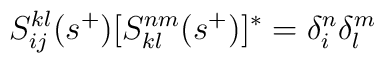
S^{kl}_{ij}(s^{+})[S^{nm}_{kl}(s^{+})]^{*}=\delta_{i}^{n}\delta_{l}^{m}